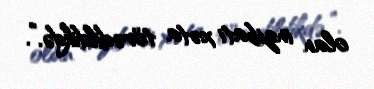
olan inzibati xəta törədildikdə.”.